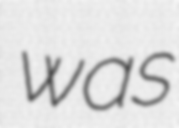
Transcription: was